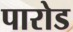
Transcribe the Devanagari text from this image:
पारोड